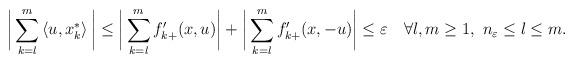
LaTeX: \begin{align*}\bigg\vert \sum_{k=l}^{m}\left\langle u,x_{k}^{\ast}\right\rangle\bigg\vert \leq\bigg\vert \sum_{k=l}^{m}f_{k+}^{\prime}(x,u)\bigg\vert +\bigg\vert \sum_{k=l}^{m}f_{k+}^{\prime}(x,-u)\bigg\vert \leq\varepsilon\quad\forall l,m\geq1,\ n_{\varepsilon}\leq l\leq m. \end{align*}